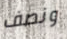
ونصف